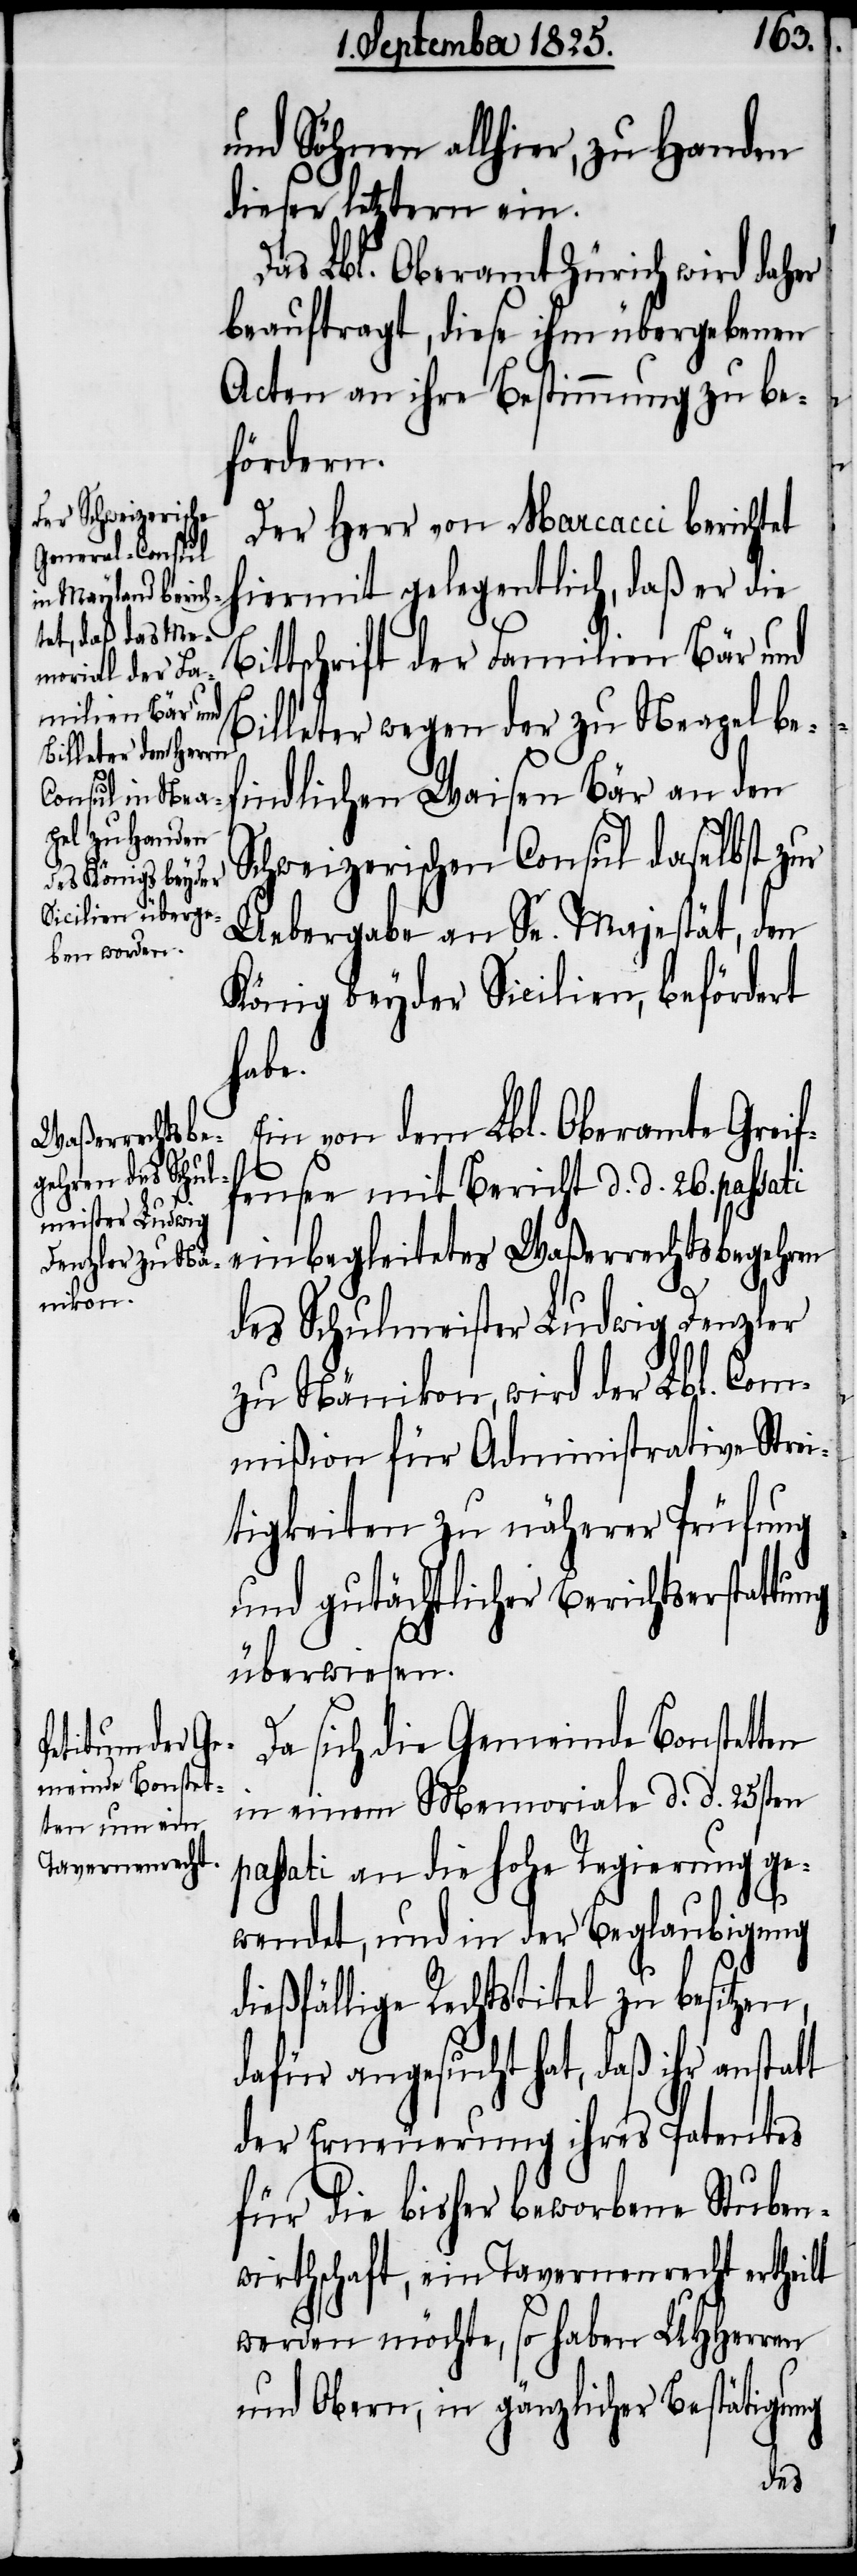
B¬
und Söhnen allhier, zu Handen
dieser letztern ein.
Das Lbl. Oberamt Zürich wird daher
beauftragt, diese ihm übergebenen
Acten an ihre Bestimmung zu be¬
fördern.
Der Herr von Marcacci berichtet
hiermit gelegentlich, daß er die
ittschrift der Familien Bär und
Billeter wegen der zu Neapel be¬
findlichen Waisen Bär an den
Schweizerischen Consul daselbst zur
Uebergabe an Se. Majestät, den
König beyder Sicilien, befördert
habe.
Ein von dem Lbl. Oberamte Greif¬
fensee mit Bericht d. d. 26. passati
einbegleitetes Waßerrechtsbegehren
des Schulmeister Ludwig Denzler
zu Nänikon, wird der Lbl. Com¬
mißion für Administrative Strei¬
tigkeiten zu näherer Prüfung
und gutächtlicher Berichtserstattung
überwiesen.
Da sich die Gemeinde Bonstetten
in einem Memoriale d. d. 25sten
passati an die hohe Regierung ge¬
wendet, und in der Beglaubigung
dießfällige Rechtstitel zu besitzen,
dafür angesucht hat, daß ihr anstatt
der Erneuerung ihres Patentes
für die bisher beworbene Stuben¬
wirthschaft, ein Tavernenrecht ertheilt
werden möchte, so haben UHHerren
und Obern, in gänzlicher Bestätigung